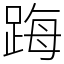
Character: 踇